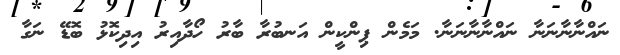
ނައްނާނާނަނާ ނައްނާނާނަނާ. މަމެން ޕިންކީން އަނބުރާ ބާރު ހޯދާއިރު އިދިކޮޅު ބޮޑޭ ނަގާ